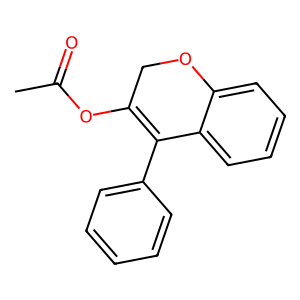
SMILES: CC(=O)OC1=C(c2ccccc2)c2ccccc2OC1
Inhibits HIV replication: No